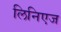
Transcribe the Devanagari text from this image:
लिनिएज